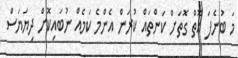
މަ ބުނެފަ އޮތް ގޮތަށް ކަންތައް ކުރަން އެންމެ ކަމެއް ނުބައިކޮށް ދިޔަޔަސް